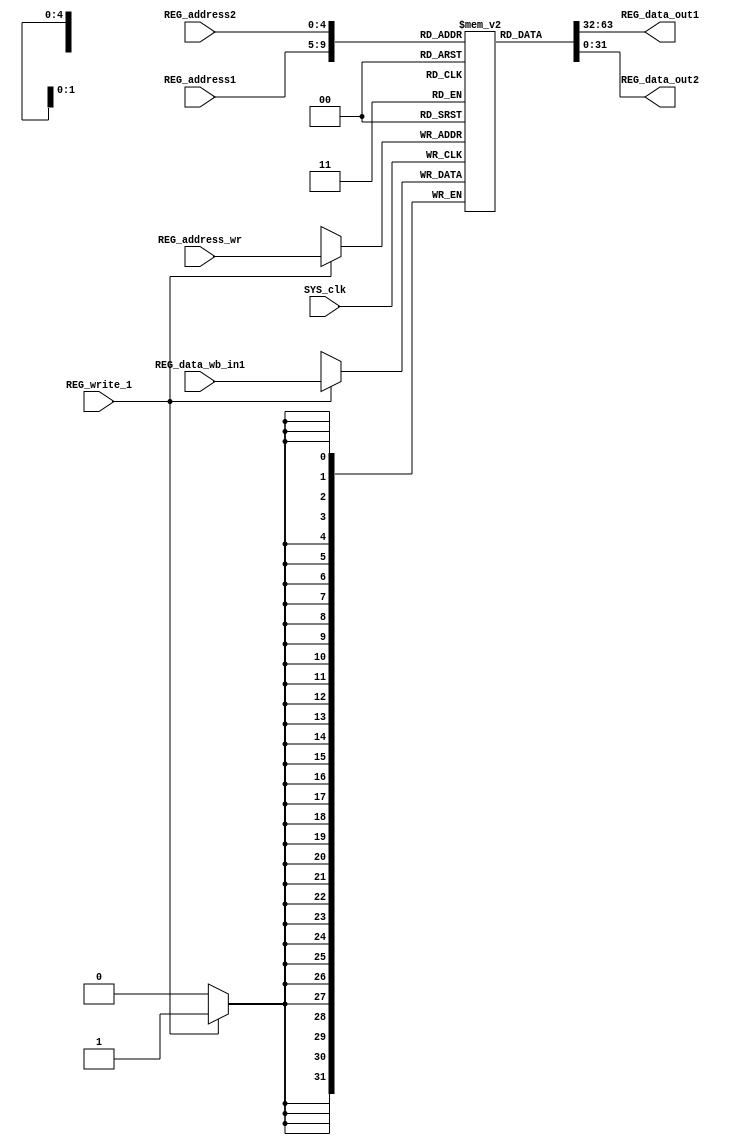
module REG (REG_address1, REG_address2, REG_address_wr, REG_write_1, SYS_clk, REG_data_wb_in1, REG_data_out1, REG_data_out2); //register files
input [4:0] REG_address1;
input [4:0] REG_address2;
input [4:0] REG_address_wr;
input REG_write_1, SYS_clk;
input [31:0] REG_data_wb_in1;
output [31:0] REG_data_out1;
output [31:0] REG_data_out2;
reg [31:0] register [0:31];

initial begin
  register[0] = 32'd0;
  register[1] = 32'd0;
  register[2] = 32'd0;
  register[3] = 32'd0;
  register[4] = 32'd0;
  register[5] = 32'd0;
  register[6] = 32'd0;
  register[7] = 32'd0;
  register[8] = 32'd0;
  register[9] = 32'd0;
  register[10] = 32'd0;
  register[11] = 32'd0;
  register[12] = 32'd0;
  register[13] = 32'd0;
  register[14] = 32'd0;
  register[15] = 32'd0;
  register[16] = 32'd0;
  register[17] = 32'd0;
  register[18] = 32'd0;
  register[19] = 32'd0;
  register[20] = 32'd0;
  register[21] = 32'd0;
  register[22] = 32'd0;
  register[23] = 32'd0;
  register[24] = 32'd0;
  register[25] = 32'd0;
  register[26] = 32'd0;
  register[27] = 32'd0;
  register[28] = 32'd0;
  register[29] = 32'd0;
  register[30] = 32'd0;
  register[31] = 32'd0;
end
always @ (posedge SYS_clk)
  begin
      if (REG_write_1 == 1'd1)
        register[REG_address_wr] = REG_data_wb_in1;
  end
assign REG_data_out1 = register[REG_address1];
assign REG_data_out2 = register[REG_address2];
endmodule